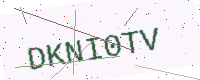
Text: DKNI0TV